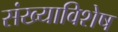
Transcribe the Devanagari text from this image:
संख्याविशेष